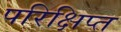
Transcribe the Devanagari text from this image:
परिक्षिप्त